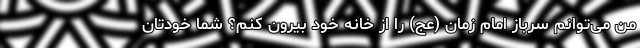
من می‌توانم سرباز امام زمان (عج) را از خانه خود بیرون کنم؟ شما خودتان